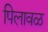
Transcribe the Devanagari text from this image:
पिलावळ